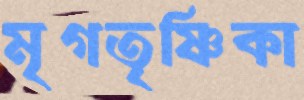
মৃগতৃষ্ণিকা